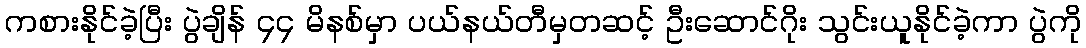
ကစားနိုင်ခဲ့ပြီး ပွဲချိန် ၄၄ မိနစ်မှာ ပယ်နယ်တီမှတဆင့် ဦးဆောင်ဂိုး သွင်းယူနိုင်ခဲ့ကာ ပွဲကို